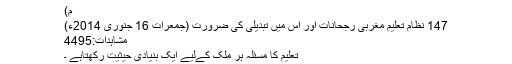
م)
147 نظام تعلیم مغربی رجحانات اور اس میں تبدیلی کی ضرورت (جمعرات 16 جنوری 2014ء)
مشاہدات:4495
تعلیم کا مسئلہ ہر ملک کےلیے ایک بنیادی حیثیت رکھتاہے ۔